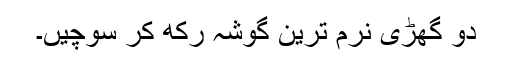
دو گھڑی نرم ترین گوشہ رکھ کر سوچیں۔